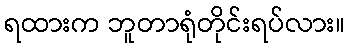
ရထားက ဘူတာရုံတိုင်းရပ်လား။